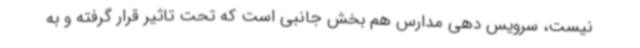
نیست، سرویس دهی مدارس هم بخش جانبی است که تحت تاثیر قرار گرفته و به